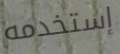
إستخدمه